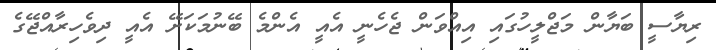
ރިޔާސީ ބަޔާން މަޖްލީހުގައި އިއްވަން ޖެހެނީ އެއީ އެންމެ ބޭނުމަކަށޭ އެއީ ދިވެހިރާއްޖޭގެ